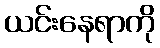
ယင်းနေရာကို